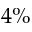
4 \%